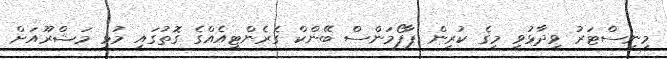
މިނިސްޓަރު ވިދާޅުވީ މީގެ ކުރިން ޕާފޯމަންސް ބޭންކް ގެރެންޓީއެއްގެ ގޮތުގައި މުޅި މަޝްރޫއަށް